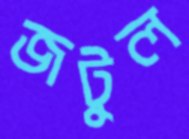
জটুল